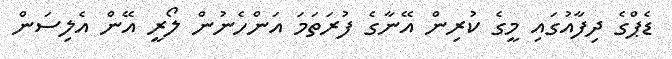
ޑެޕްގެ ދިފާއުގައި މީގެ ކުރިން އޭނާގެ ފުރަތަމަ އަންހެނުން ލޯރީ އޭން އެލިސަން